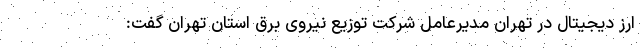
ارز دیجیتال در تهران مدیرعامل شرکت توزیع نیروی برق استان تهران گفت: